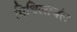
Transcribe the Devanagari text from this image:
मिथिलाचंल